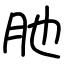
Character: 肔